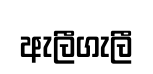
ඇලීගැලී